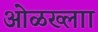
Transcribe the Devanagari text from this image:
ओळख्लाा